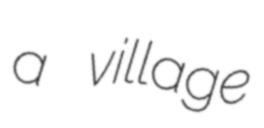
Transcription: a village